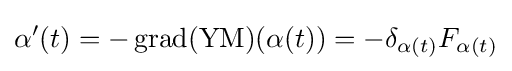
\alpha '(t)=-\operatorname {grad} (\operatorname {YM} )(\alpha (t))=-\delta _{\alpha (t)}F_{\alpha (t)}